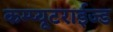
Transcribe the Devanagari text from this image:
कम्प्यूटराईज्ड